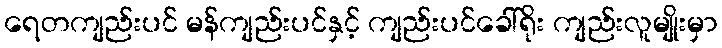
ရေတကျည်းပင် မန်ကျည်းပင်နှင့် ကျည်းပင်ခေါ်ရိုး ကျည်းလူမျိုးမှာ